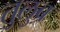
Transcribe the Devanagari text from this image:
तुलुब